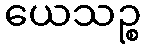
ယေသဉ္စ